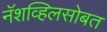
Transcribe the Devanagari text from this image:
नॅशव्हिलसोबत